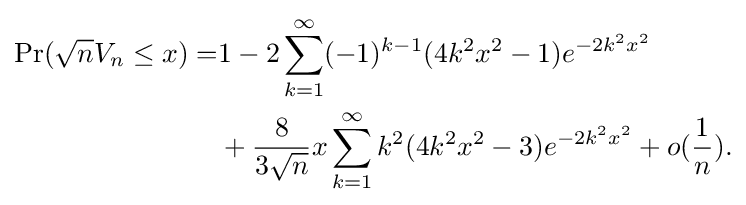
{\begin{aligned}\operatorname {Pr} ({\sqrt {n}}V_{n}\leq x)=&1-2\sum _{k=1}^{\infty }(-1)^{k-1}(4k^{2}x^{2}-1)e^{-2k^{2}x^{2}}\\&+{\frac {8}{3{\sqrt {n}}}}x\sum _{k=1}^{\infty }k^{2}(4k^{2}x^{2}-3)e^{-2k^{2}x^{2}}+o({\frac {1}{n}}).\end{aligned}}